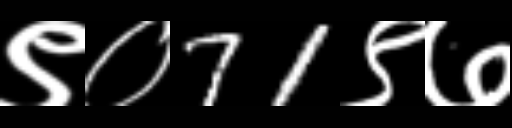
Text: ९०71९७